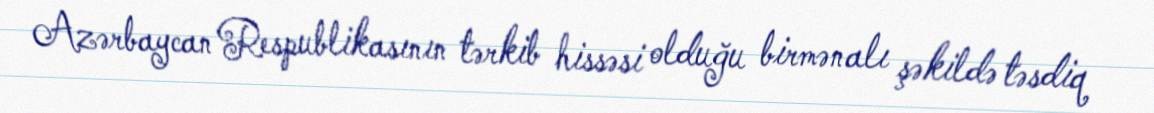
Azərbaycan Respublikasının tərkib hissəsi olduğu birmənalı şəkildə təsdiq